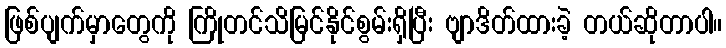
ဖြစ်ပျက်မှာတွေကို ကြိုတင်သိမြင်နိုင်စွမ်းရှိပြီး ဗျာဒိတ်ထားခဲ့ တယ်ဆိုတာပါ။